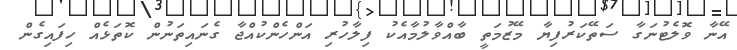
އޭނާ ވޮލެޓުނަގާ ސަތޭކަރުފިޔާ މޭޒުމަތީ ބާއްވާލުމާއެކު ފިލާހުރި އަންހެންކުއްޖާ ގެނައިތަނުން ކޮތަޅެއް ހިފައިގެން